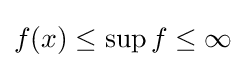
f(x)\leq \sup f\leq \infty